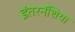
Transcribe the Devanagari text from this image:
इंतरनॅशिया